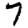
Digit: 7